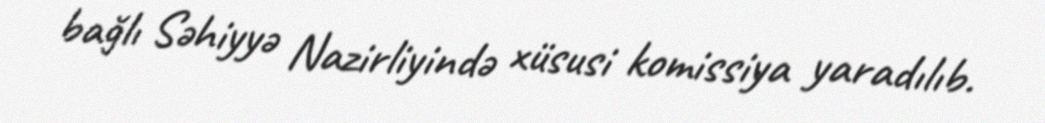
bağlı Səhiyyə Nazirliyində xüsusi komissiya yaradılıb.